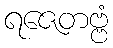
ရဇေတဗ္ဗံ